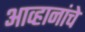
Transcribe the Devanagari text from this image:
आव्हानांचे